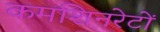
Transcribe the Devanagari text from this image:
कमशिनरेटों